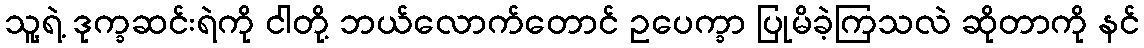
သူ့ရဲ့ ဒုက္ခဆင်းရဲကို ငါတို့ ဘယ်လောက်တောင် ဥပေက္ခာ ပြုမိခဲ့ကြသလဲ ဆိုတာကို နင်